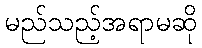
မည်သည့်အရာမဆို